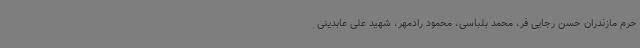
حرم مازندران حسن رجایی فر، محمد بلباسی، محمود رادمهر، شهید علی عابدینی